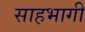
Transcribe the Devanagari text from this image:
साहभागी